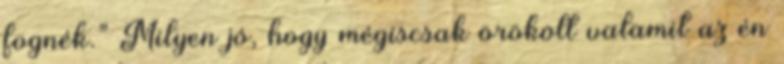
fognék.” Milyen jó, hogy mégiscsak örökölt valamit az én